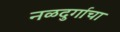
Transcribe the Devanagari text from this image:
नळदुर्गाचा